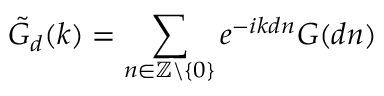
\tilde { G } _ { d } ( k ) = \sum _ { n \in \mathbb { Z } \backslash \{ 0 \} } e ^ { - i k d n } G ( d n )